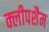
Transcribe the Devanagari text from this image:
क्लीपशैम